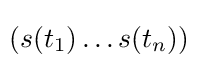
\!(s(t_{1})\ldots s(t_{n}))